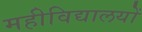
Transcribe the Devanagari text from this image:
महीविद्यालयों